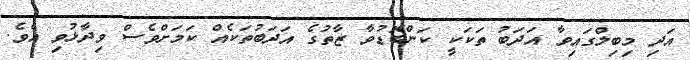
އަދި މިބިލްގައިވާ އަދަބު ތަކަކީ ކަންބޮޑުވާ ޒާތުގެ އަދަބުތަކެއް ކަމަށްވެސް ވިދާޅުވި އެވެ.